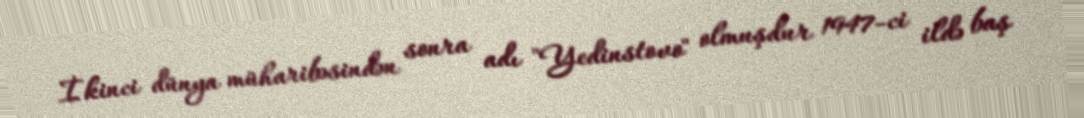
İkinci dünya müharibəsindən sonra adı "Yedinstovo" olmuşdur 1947-ci ildə baş